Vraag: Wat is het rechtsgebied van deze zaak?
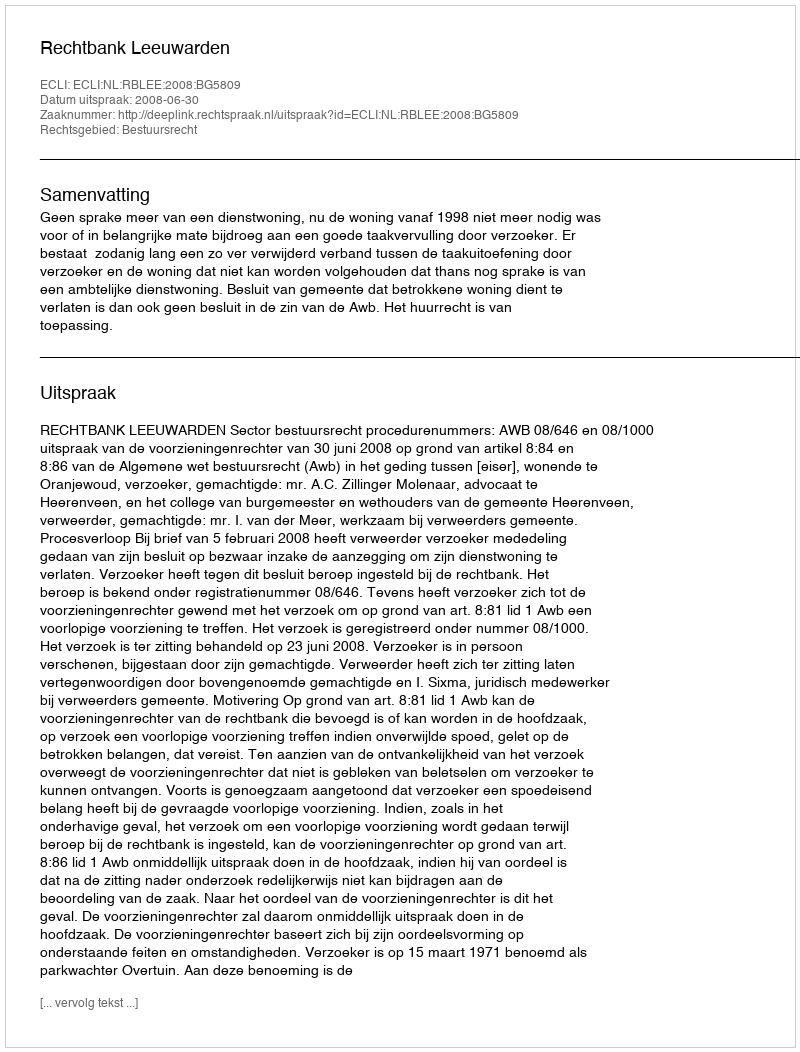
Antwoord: Bestuursrecht